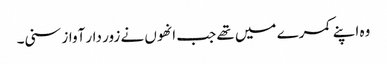
وہ اپنے کمرے میں تھے جب انھوں نے زور دار آواز سنی۔